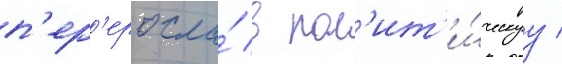
п'ер'еросла́ в пол'ит'и́ческуу /